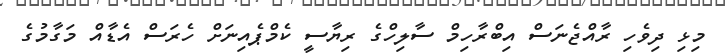
މިޅި ދިވެހި ރާއްޖެނަސް އިބްރާހިމް ސާލިހްގެ ރިޔާސީ ކެމްޕެއިނަށް ހެރަސް އެޑާއް މަގާމުގެ